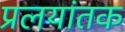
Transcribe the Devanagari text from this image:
प्रलयांतक